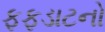
ફફડાટનો